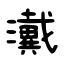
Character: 瀻